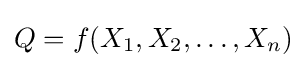
Q=f(X_{1},X_{2},\dotsc ,X_{n})